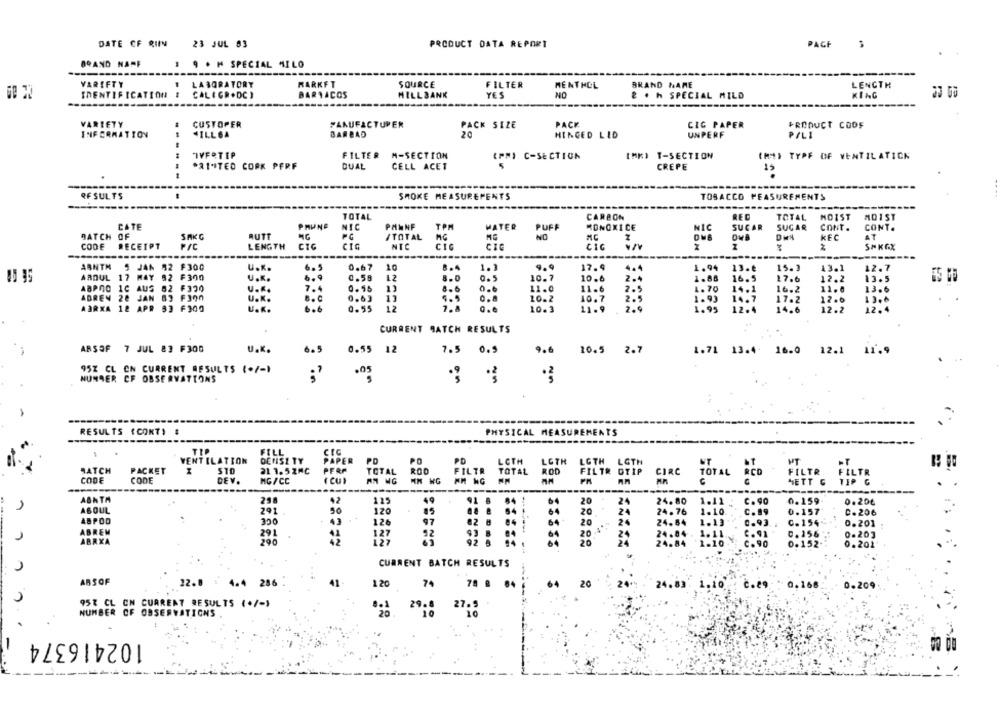
PRODUCT DATA REPORT
PAGE
..
DATE CF RIIN
23 JUL 83
BRAND NAME
1 9 . H SPECIAL MILO
VARIFTY
1
LABORATORY
MARKFT
SOURCE
FILTER
MENTHOL
BRAND NAME
LENGTH
IDENTIFICATION #
CAL ( GR.DC )
BARTACOS
HILLBANK
YES
NO
2 . h SPECIAL MILD
KING
-------
VARIETY
CUSTOPER
PANUFACTUPER
PACK SIZE
PACK
CIG PAPER
PRODUCT CODE
INFORMATION
HILLGA
BARBAD
20
HINGED LID
UNPERF
PILI
IVFRTEP
FILTER M-SECTION
(PMI C-SECTION
IMKI T-SECTION
THIS TYPE OF VENTILATICK
*21*ITED CORK PFRF
CELL ACET
QUAL
CREPE
19
RESULTS
SMOKE MEASUREMENTS
TOBACCO MEASUREMENTS
TOTAL
RED
CARBON
TOTAL
NOIST
MO1ST
CATE
PRUNE
NIC
PANNE
TPM
WATER
PUFF
MONOXICE
SUCAR
SUGAR
CONT.
CONT.
BATCH
SAKG
RUTE
MG
/TOTAL
NO
MC
KEC
AT
CODE
RECEIPT
LENGTH
CIG
CIG
NIC
CIC
SH KGX
--
ARNTH
F300
JAK
U.K.
0.67
10
8.4
1.3
17.9
4.4
1.94
13.e
15.3
13.1
12.7
ARDUL
17
F300
U.K.
6 . 9
0.58
12
8.0
10.7
10.6
2.4
1.88
16.5
17.6
12.2
13.5
AUS
7.4
ABPno
F370
U.K.
0.55
11
8.6
0.6
11.0
11.6
1.70
14.1
11.0
13.6
ADREN 26 JAN
F300
U.K.
0.63
11
10.2
10.7
2.5
17:2
12.0
13.6
ABRKA
12 APR
F300
U.K.
0.55
12
10.3
11.9
7.9
14.6
12.2
12.4
CURRENT BATCH RESULTS
ARSOF 7 JUL 83 F300
U.K.
6.5
0.55 12
7.5 0.5
9.6
10.5 2.7
1.71 13.4 16.0 12.1 11.9
95% CL CN CURRENT RESULTS (./-)
NUNDER CF OBSERVATIONS
.05
RESULTS (CONT) #
PHYSICAL MEASUREMENTS
TIP
CIC
FILL
VENTILATION
DEHISZ TY
PAPER
PO
PO
PD
LOTH
LOTH
LGTH LGTH
BATCH
PACKET
21 1. 5 ZAC
PERP
TOTAL
FILTR
TOTAL
ROD
FILTR OTIP
CODE
CODE
CIRC
TOTAL RCD
FILTR FILTR
DEV.
MG /CC
( CU)
AM WG
IN WG
MM NG
PM
METT G
ABNTA
258
42
115
49
91 8
84
20
24
24.80
1.11
0.159
0.20€
as
84 i
C. 90
ABOUL
201
OCE
4
120
64
20
24
24.76
1.10
C.206
ABPOD
43
126
97
82 8
84
64
24
1.13
0.201
20
ABREN
291
41
52
20 %
24.04
1.11.
0.203
ABRXA
290
42
92 B
20
1.10
0.201
CURRENT BATCH RESULTS
ABSOF
22.0 : 4.4 286
41
120 74
64
20
24%
-
24.83 1.10 2.29 0.168 0.209
957 CL CN CURRENT RESULTS (+/-)
NUMBER OF OBSERVATIONS
27.9
-
102416374